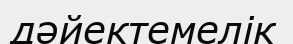
дәйектемелік